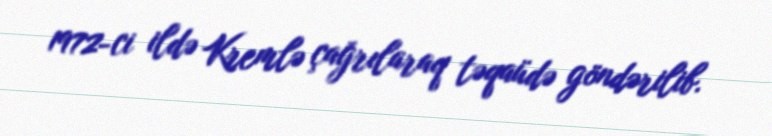
1972-ci ildə Kremlə çağrılaraq təqaüdə göndərilib.